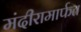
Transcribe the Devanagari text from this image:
मंदीरामार्फत